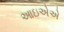
આઇએએ